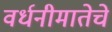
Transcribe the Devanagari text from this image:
वर्धनीमातेचे